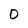
Character: O